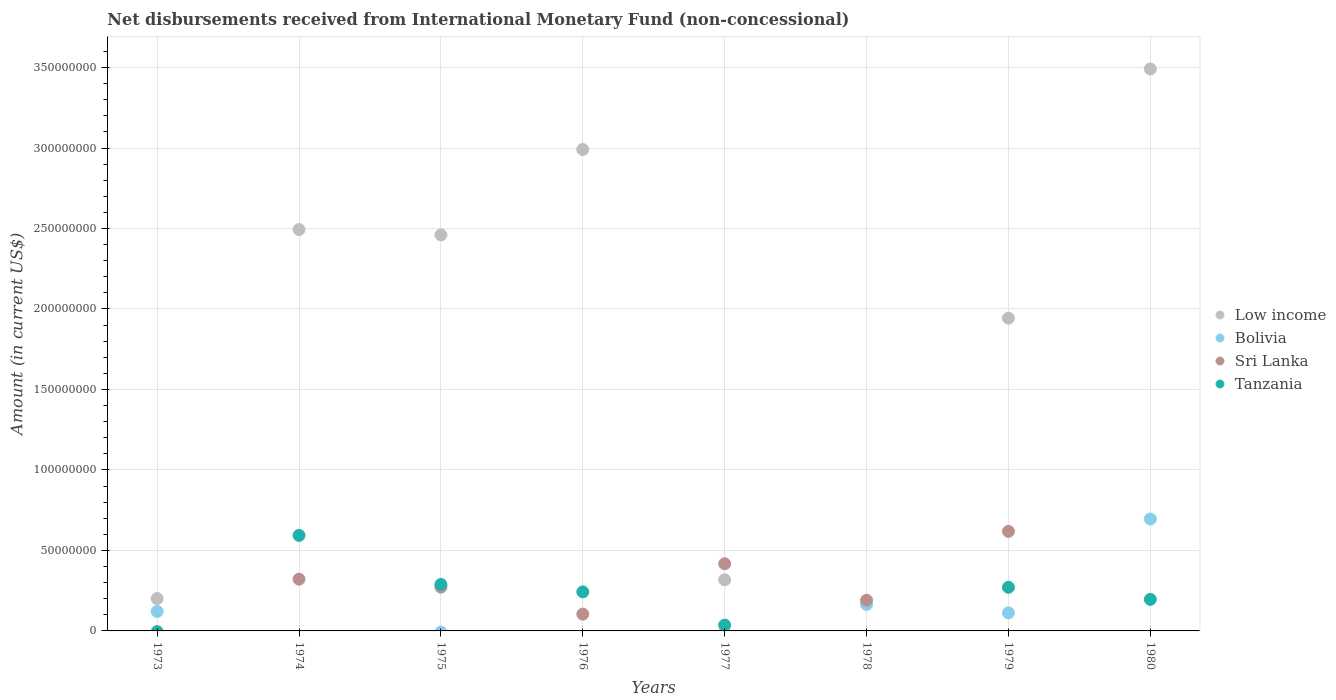
| Years | Low income | Bolivia | Sri Lanka | Tanzania |
 | --- | --- | --- | --- | --- |
 | 1973 | 2.01e+07 | 1.21e+07 | -2.58e+06 | -4.29e+05 |
 | 1974 | 2.49e+08 | -4.49e+06 | 3.22e+07 | 5.93e+07 |
 | 1975 | 2.46e+08 | -7.41e+05 | 2.72e+07 | 2.89e+07 |
 | 1976 | 2.99e+08 | -2.35e+07 | 1.04e+07 | 2.42e+07 |
 | 1977 | 3.18e+07 | -1.11e+06 | 4.17e+07 | 3.63e+06 |
 | 1978 | -5.36e+07 | 1.64e+07 | 1.91e+07 | -2.88e+07 |
 | 1979 | 1.94e+08 | 1.12e+07 | 6.18e+07 | 2.71e+07 |
 | 1980 | 3.49e+08 | 6.95e+07 | -3.6e+06 | 1.96e+07 |